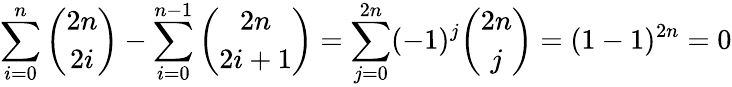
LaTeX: \sum_{i=0}^{n}{\binom{2n}{2i}}-\sum_{i=0}^{n-1}{\binom{2n}{2i+1}}=\sum_{j=0}^{2n}(-1)^{j}{\binom{2n}{j}}=(1-1)^{2n}=0